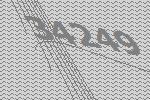
34249